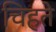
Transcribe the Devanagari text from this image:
चिहते